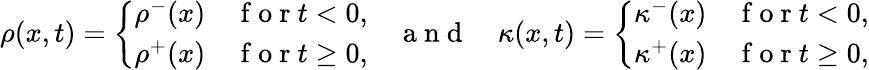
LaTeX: \begin{array}{r}{\rho(x,t)=\left\{ \begin{array}{ll}{\rho^{-}(x)}&{\mathrm{~f~o~r~}t<0,}\\ {\rho^{+}(x)}&{\mathrm{~f~o~r~}t\geq 0,}\end{array}\right.\quad\mathrm{~a~n~d~}\quad\kappa(x,t)=\left\{ \begin{array}{ll}{\kappa^{-}(x)}&{\mathrm{~f~o~r~}t<0,}\\ {\kappa^{+}(x)}&{\mathrm{~f~o~r~}t\geq 0,}\end{array}\right.}\end{array}